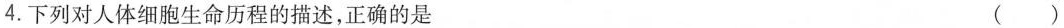
4.下列对人体细胞生命历程的描述，正确的是 ()